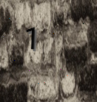
1